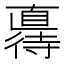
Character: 𫹦